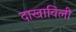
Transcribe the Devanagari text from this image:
दाखाविली